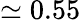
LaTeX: \simeq 0.55